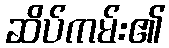
ဆိပ်ကမ်း၏